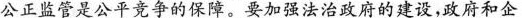
公正监管是公平竞争的保障。要加强法治政府的建设，政府和企